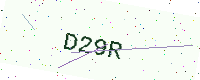
Text: D29R